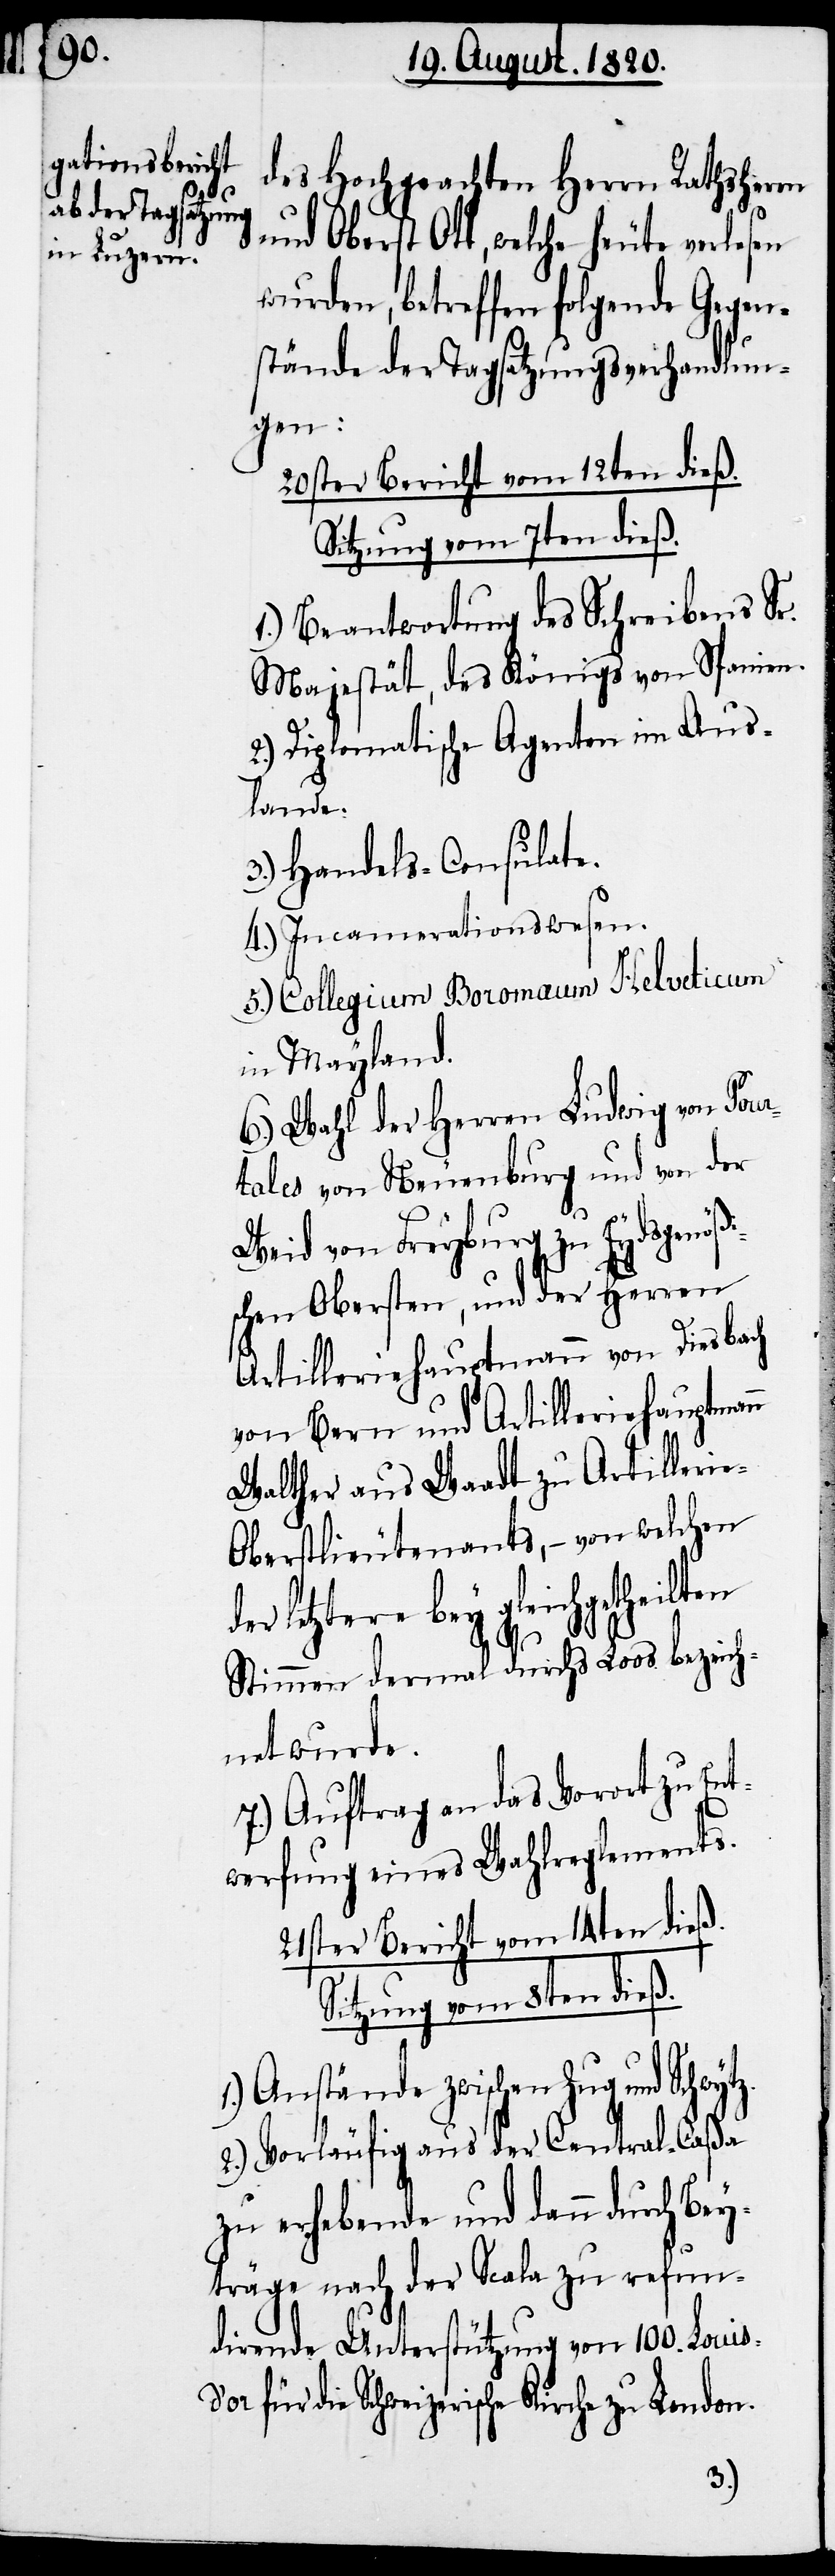
des Hochgeachten Herrn Rathsherrn
und Oberst Ott, welche heute verlese¬
werfung eines Wahlreglemen¬
stände der Tagsatzungsverhandlun¬
gen:
20ster Bericht vom 12ten dieß.
Sitzung vom 7ten dieß.
1.) Beantwortung des Schreibens Sr.
Majestät, des Königs von Spanien.
2.) Diplomatische Agenten im Aus¬
lande.
3.) Handels-Consulate.
4.) Incamerationswesen.
5.) Collegium Boromaum Helveticum
in Mayland.
6.) Wahl der Herren Ludwig von Tour¬
tales von Neuenburg und von der
Weid von Freyburg zu Eydsgenößi¬
schen Obersten, und der Herren
Artilleriehauptmann von Diesbach
von Bern und Artilleriehauptmann
Walther aus Waadt zu Artilleri¬
e-Oberstlieutenants, – von welchen
letztere bey gleichgetheilten
Stimmen dermal durch Loos bezeich¬
net wurde.
7.) Auftrag an das Vorort zu Ent¬
21ster Bericht vom 14ten dieß.
Sitzung vom 8ten dieß.
1.) Anstände zwischen Zug und
2.) Vorläufig aus der Central-Caßa
zu erhebende und dann durch Bey¬
träge nach der Scala zu refun¬
dirende Unterstützung von 100.
für die Schweizerische Kirche zu London.
ts.